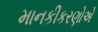
માનકીકરણોએ